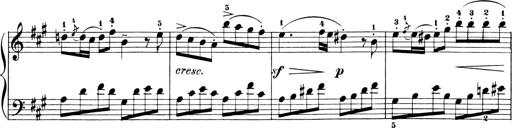
Title: 6 Piano Sonatinas
Composer: Cornelius Gurlitt